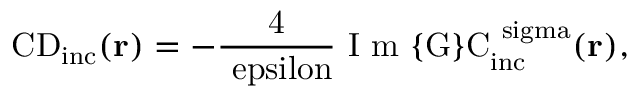
\mathrm { { C D } _ { \mathrm { { i n c } } } ( { \bf r } ) = - \frac { 4 } { \ e p s i l o n } \mathrm { ~ I ~ m ~ } \{ G \} C _ { \mathrm { { i n c } } } ^ { \ s i g m a } ( { \bf r } ) , }